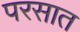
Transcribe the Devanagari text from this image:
परसात